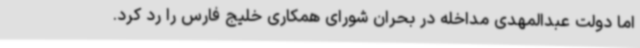
اما دولت عبدالمهدی مداخله در بحران شورای همکاری خلیج فارس را رد کرد.